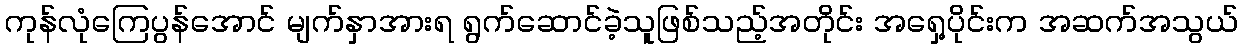
ကုန်လုံကြေပွန်အောင် မျက်နှာအားရ ရွက်ဆောင်ခဲ့သူဖြစ်သည့်အတိုင်း အရှေ့ပိုင်းက အဆက်အသွယ်